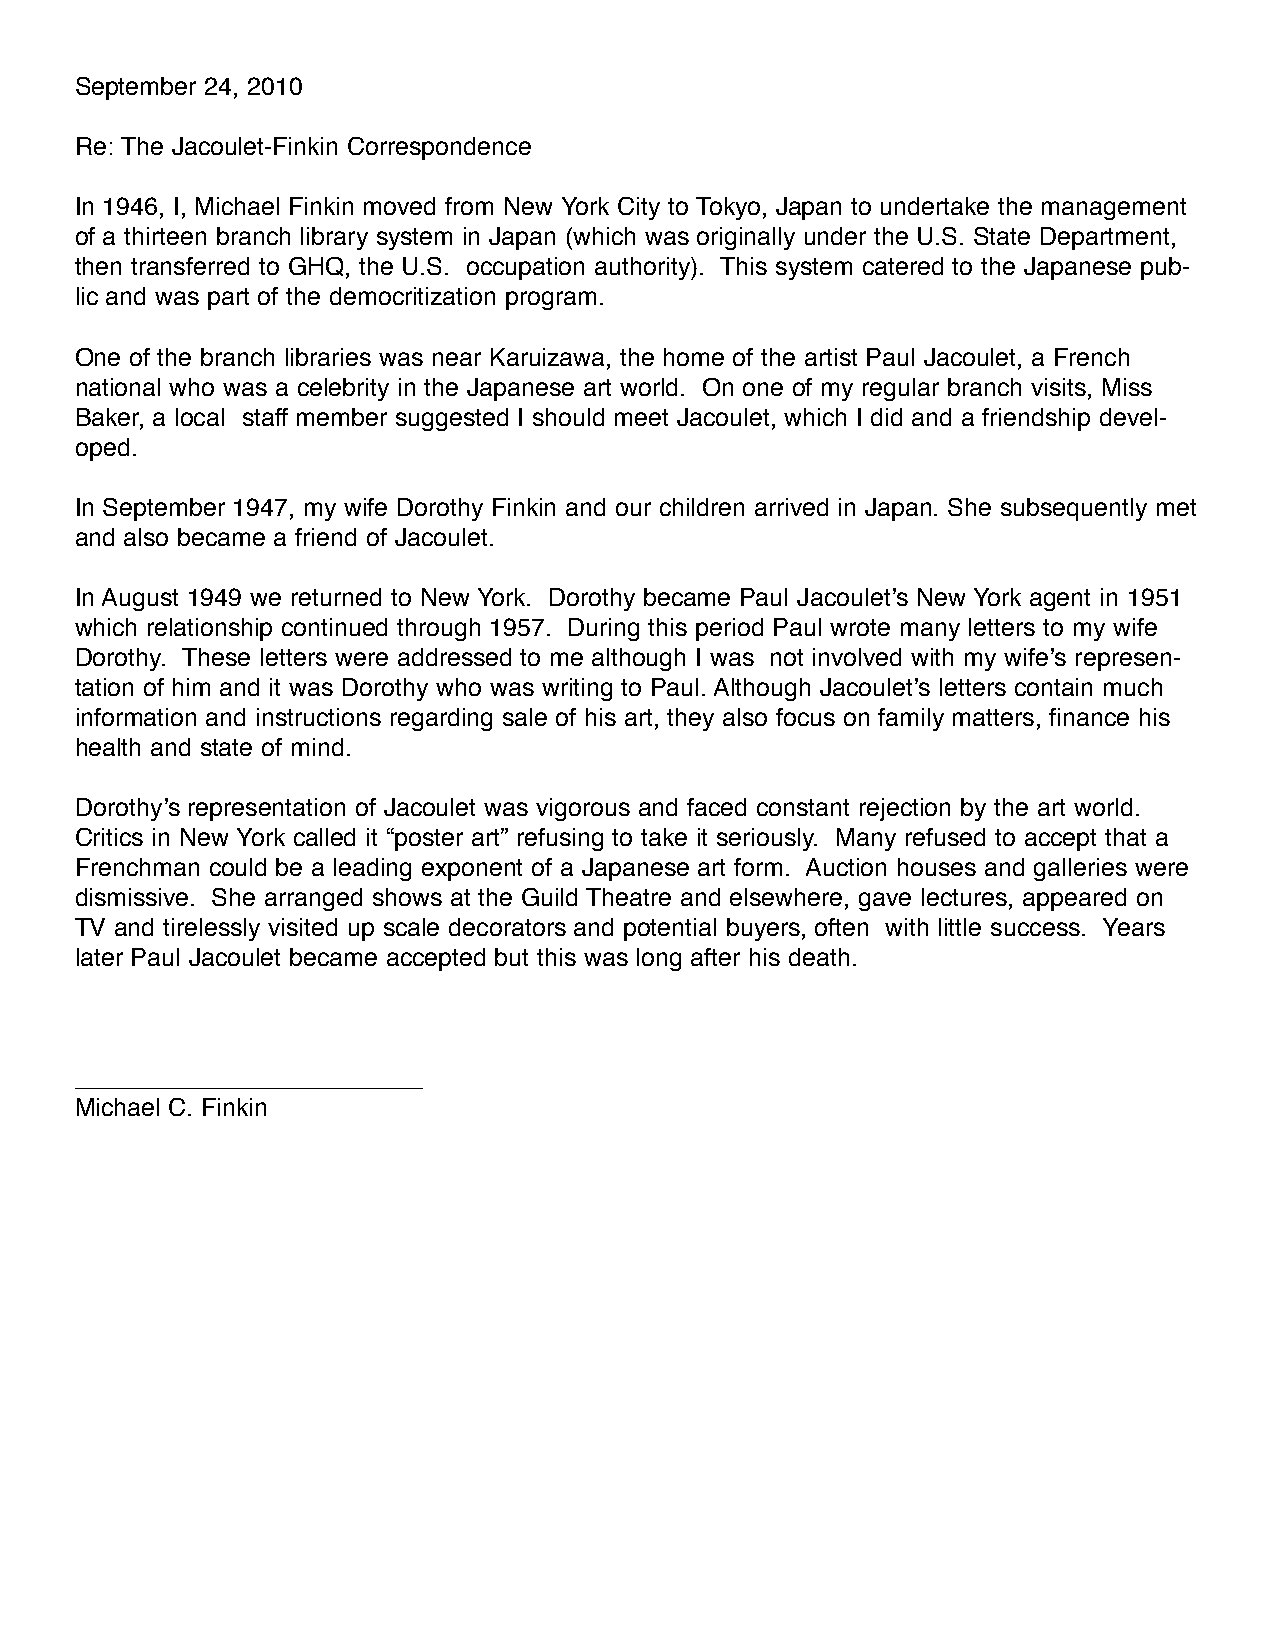
September 24, 2010
 Re: The Jacoulet-Finkin Correspondence
 In 1946, I, Michael Finkin moved from New York City to Tokyo, Japan to undertake the management
 of a thirteen branch library system in Japan (which was originally under the U.S. State Department,
 then transferred to GHQ, the U.S. occupation authority). This system catered to the Japanese pub-
 lic and was part of the democritization program.
 One of the branch libraries was near Karuizawa, the home of the artist Paul Jacoulet, a French
 national who was a celebrity in the Japanese art world. On one of my regular branch visits, Miss
 Baker, a local staff member suggested I should meet Jacoulet, which I did and a friendship devel-
 oped.
 In September 1947, my wife Dorothy Finkin and our children arrived in Japan. She subsequently met
 and also became a friend of Jacoulet.
 In August 1949 we returned to New York. Dorothy became Paul Jacoulet’s New York agent in 1951
 which relationship continued through 1957. During this period Paul wrote many letters to my wife
 Dorothy. These letters were addressed to me although I was not involved with my wife’s represen-
 tation of him and it was Dorothy who was writing to Paul. Although Jacoulet’s letters contain much
 information and instructions regarding sale of his art, they also focus on family matters, finance his
 health and state of mind.
 Dorothy’s representation of Jacoulet was vigorous and faced constant rejection by the art world.
 Critics in New York called it “poster art” refusing to take it seriously. Many refused to accept that a
 Frenchman could be a leading exponent of a Japanese art form. Auction houses and galleries were
 dismissive. She arranged shows at the Guild Theatre and elsewhere, gave lectures, appeared on
 TV and tirelessly visited up scale decorators and potential buyers, often with little success. Years
 later Paul Jacoulet became accepted but this was long after his death.
 _________________________
 Michael C. Finkin